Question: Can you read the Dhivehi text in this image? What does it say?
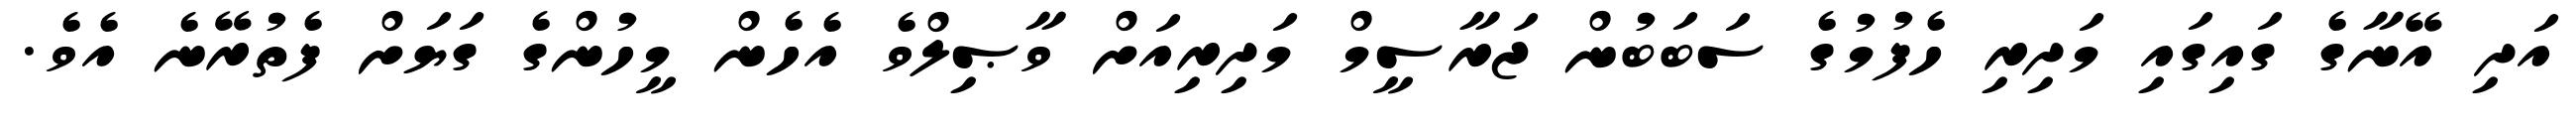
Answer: އަދި އޭނާގެ ގައިގައި މަދިރި ހެފުމުގެ ސަބަބުން ޖަރާސީމް މަދިރިއަށް ވާޞިލްވެ އެހެން މީހުންގެ ގަޔަށް ފެތުރޭނެ އެވެ.